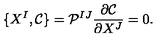
\{ X ^ { I } , \mathcal { C } \} = \mathcal { P } ^ { I J } \frac { \partial \mathcal { C } } { \partial X ^ { J } } = 0 .